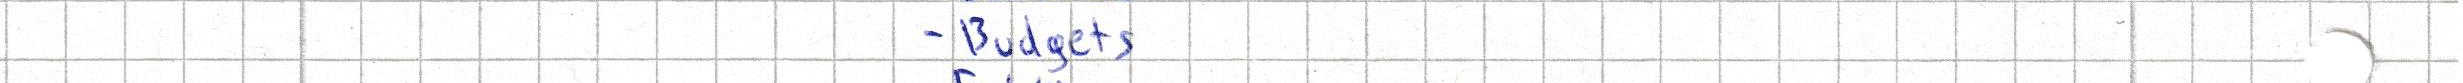
- Budgets